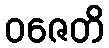
ဝဇေတိ